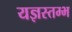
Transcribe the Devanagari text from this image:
यज्ञस्तम्भ